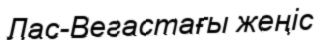
Лас-Вегастағы жеңіс